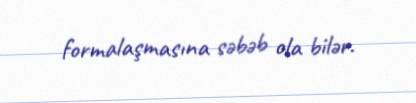
formalaşmasına səbəb ola bilər.